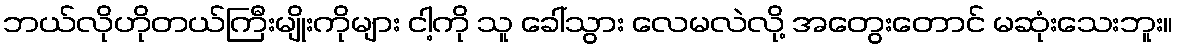
ဘယ်လိုဟိုတယ်ကြီးမျိုးကိုများ ငါ့ကို သူ ခေါ်သွား လေမလဲလို့ အတွေးတောင် မဆုံးသေးဘူး။